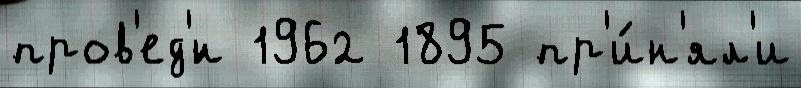
пров'ед'́н 1962 1895 пр'и́н'ял'и